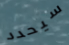
سيحدد